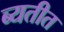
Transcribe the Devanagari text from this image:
ब्यतीत